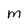
Character: M